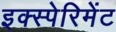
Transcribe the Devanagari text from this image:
इक्स्पेरिमेंट